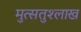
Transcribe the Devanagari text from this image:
मुत्सतुश्लाख